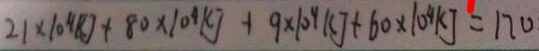
2 1 \times 1 0 ^ { 4 } K J + 8 0 \times 1 0 ^ { 4 } K J + 9 \times 1 0 ^ { 4 } K J + 6 0 \times 1 0 ^ { 4 } K J = 1 7 0